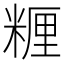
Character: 糎